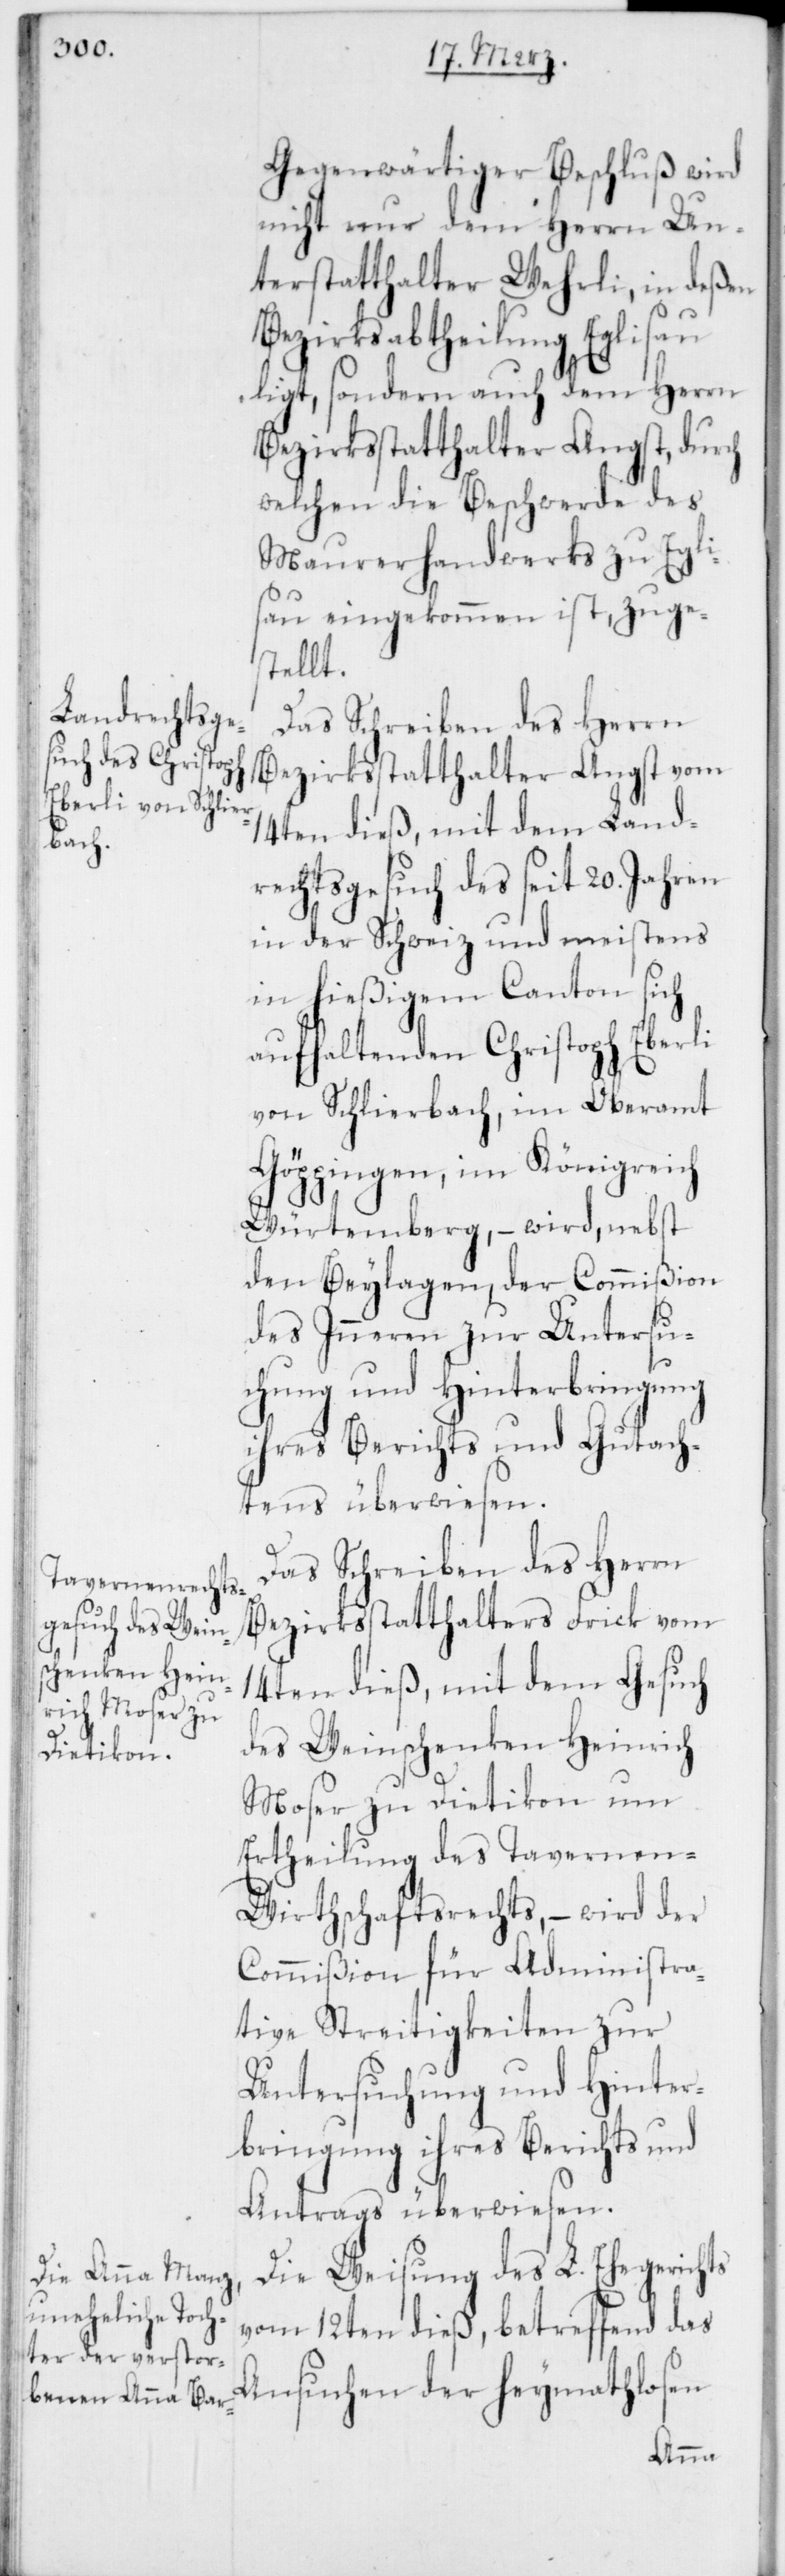
Gegenwärtiger Beschluß wird
nicht nur dem Herrn Un¬
terstatthalter Wehrli, in deßen
Bezirksabtheilung Eglisau
ligt, sondern auch dem Herrn
Bezirksstatthalter Angst, durch
welchen die Beschwerde des
Maurerhandwerks zu Egli¬
sau eingekommen ist, zuge¬
stellt.
Das Schreiben des Herrn
Bezirksstatthalter Angst vom
14ten dieß, mit dem Land¬
rechtsgesuch des seit 20. Jahren
in der Schweiz und meistens
in hießigem Canton sich
aufhaltenden Christoph Eberli
von Schlierbach, im Oberamt
Göppingen, im Königreich
Würtemberg, – wird, nebst
den Beylagen, der Commißion
des Inneren zur Untersu¬
chung und Hinterbringung
ihres Berichts und Gutach¬
tens überwiesen.
Das Schreiben des Herrn
Bezirksstatthalters Frick vom
14ten dieß, mit dem Gesuch
des Weinschenken Heinrich
Moser zu Dietikon um
Ertheilung des Tavernen-W¬
irthschaftsrechts, – wird der
Commißion für Administra¬
tive Streitigkeiten zur
Untersuchung und Hinter¬
bringung ihres Berichts und
Antrags überwiesen.
Die Weisung des L. Ehegerichts
vom 12ten dieß, betreffend das
Ansuchen der heymathlosen